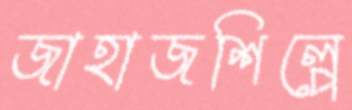
জাহাজশিল্পে